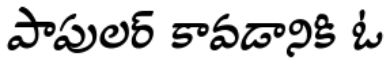
పాపులర్ కావడానికి ఓ